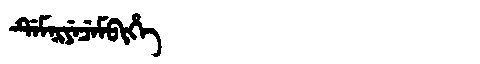
Manchu: ᡩᡝᠮᠨᡳᠶᡝᠴᡝᠮᠪᡳᡥᡝ
Romanization: DEMNIYECEMBIHE